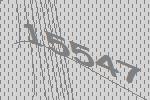
15547